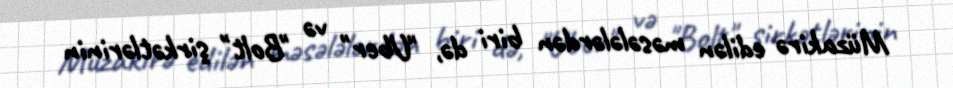
Müzakirə edilən məsələlərdən biri də, "Uber" və "Bolt" şirkətlərinin